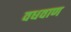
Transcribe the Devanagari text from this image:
वधवाण